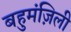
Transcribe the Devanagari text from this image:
बहुमंज़िली